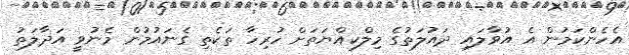
އެހެންކަމުން އެ އުވާލައި ދައުލަތުގެ މިލްކިއްޔަތަށް ހުރިހާ ތަކެތި ގެނައުމުން މެނުވީ އަދާލަތު